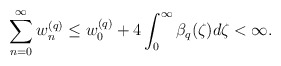
\begin{align*} \sum\limits_{n=0}^{\infty} w_{n}^{(q)} \leq w_0^{(q)} + 4 \int_{0}^{\infty} \beta_q(\zeta) d\zeta < \infty. \end{align*}